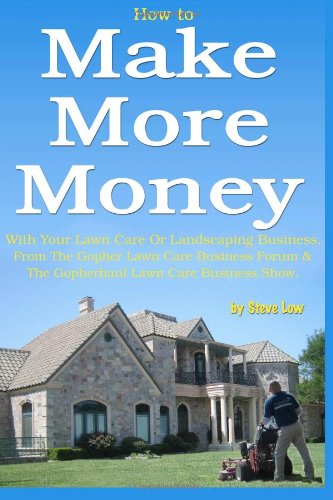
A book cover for How to Make More Money with your lawn care or landscaping business. From The Gopher Lawn Care Business Forum & The GopherHaul Lawn Care Business Show.; Steve Low; Crafts, Hobbies & Home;